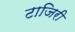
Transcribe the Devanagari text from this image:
टाजिरी